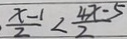
\frac { x - 1 } { 2 } < \frac { 4 x - 5 } { 2 }